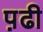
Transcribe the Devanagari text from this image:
प़ढी